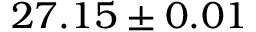
2 7 . 1 5 \pm 0 . 0 1